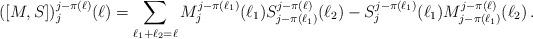
LaTeX: \begin{align*}([M, S])_j^{j-\pi(\ell)}(\ell)= \sum_{\ell_1+\ell_2=\ell} M_j^{j-\pi(\ell_1)}(\ell_1) S_{j-\pi(\ell_1)}^{j-\pi(\ell)}(\ell_2)- S_j^{j-\pi(\ell_1)}(\ell_1) M_{j-\pi(\ell_1)}^{j-\pi(\ell)}(\ell_2)\, . \end{align*}